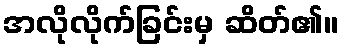
အလိုလိုက်ခြင်းမှ ဆိတ်၏။